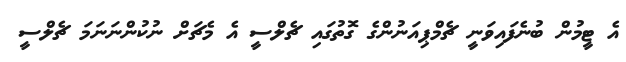
އެ ޓީމުން ބުނެފައިވަނީ ޗެމްޕިއަނުންގެ ގޮތުގައި ޗެލްސީ އެ މެޗަށް ނުކުންނަނަމަ ޗެލްސީ